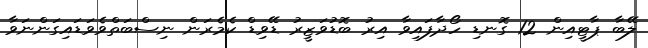
ލޭބާ ޕާޓީއިން 12 ގޮނޑި ހޯދާފައިވާ އިރު ބޮޑުވަޒީރު ޑޭވިޑް ކެމެރަން ނިސްބަތްވެވަޑައިގަންނަވާ